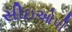
સીઇઓપી